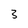
Character: 3